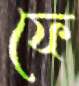
ফে